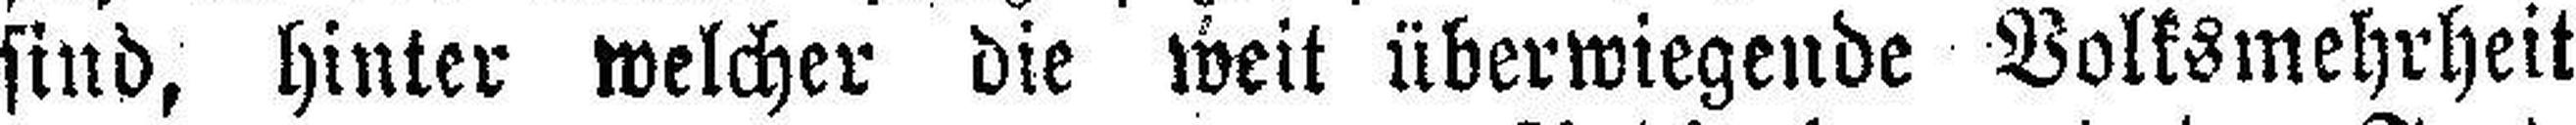
sind, hinter welcher die weit überwiegende Volksmehrheit